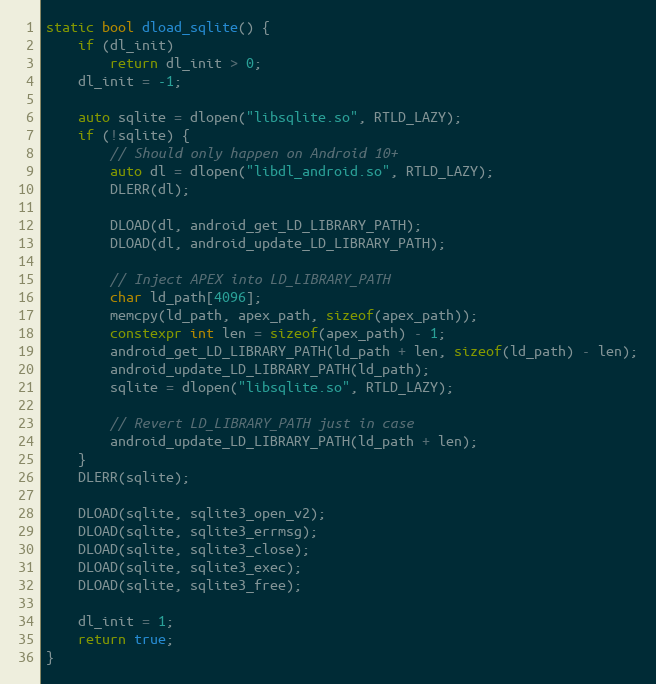
Language: C++
static bool dload_sqlite() {
    if (dl_init)
        return dl_init > 0;
    dl_init = -1;

    auto sqlite = dlopen("libsqlite.so", RTLD_LAZY);
    if (!sqlite) {
        // Should only happen on Android 10+
        auto dl = dlopen("libdl_android.so", RTLD_LAZY);
        DLERR(dl);

        DLOAD(dl, android_get_LD_LIBRARY_PATH);
        DLOAD(dl, android_update_LD_LIBRARY_PATH);

        // Inject APEX into LD_LIBRARY_PATH
        char ld_path[4096];
        memcpy(ld_path, apex_path, sizeof(apex_path));
        constexpr int len = sizeof(apex_path) - 1;
        android_get_LD_LIBRARY_PATH(ld_path + len, sizeof(ld_path) - len);
        android_update_LD_LIBRARY_PATH(ld_path);
        sqlite = dlopen("libsqlite.so", RTLD_LAZY);

        // Revert LD_LIBRARY_PATH just in case
        android_update_LD_LIBRARY_PATH(ld_path + len);
    }
    DLERR(sqlite);

    DLOAD(sqlite, sqlite3_open_v2);
    DLOAD(sqlite, sqlite3_errmsg);
    DLOAD(sqlite, sqlite3_close);
    DLOAD(sqlite, sqlite3_exec);
    DLOAD(sqlite, sqlite3_free);

    dl_init = 1;
    return true;
}